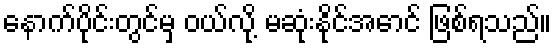
နောက်ပိုင်းတွင်မှ ဝယ်လို့ မဆုံးနိုင်အောင် ဖြစ်ရသည်။